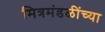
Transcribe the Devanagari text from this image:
मित्रमंडळींच्या